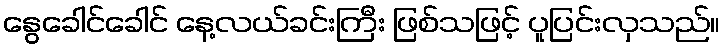
နွေခေါင်ခေါင် နေ့လယ်ခင်းကြီး ဖြစ်သဖြင့် ပူပြင်းလှသည်။